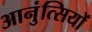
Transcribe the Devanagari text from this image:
आनुंत्सियों